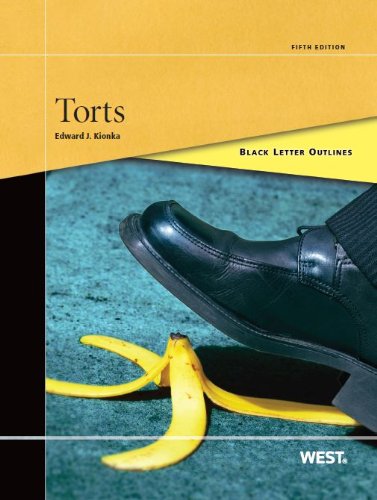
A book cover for Black Letter Outline on Torts; Edward Kionka; Law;